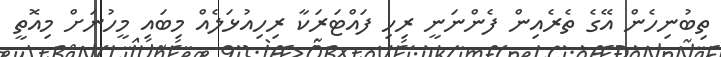
ތިބުނިހެން އޭގެ ތެރެއިން ފެންނަނީ ރިހި ފައްޓަރަކާ ރިހިއުޅަލެއް މިބައި މީހުނަށް މިއޮތީ